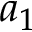
a _ { 1 }